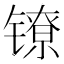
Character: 镣